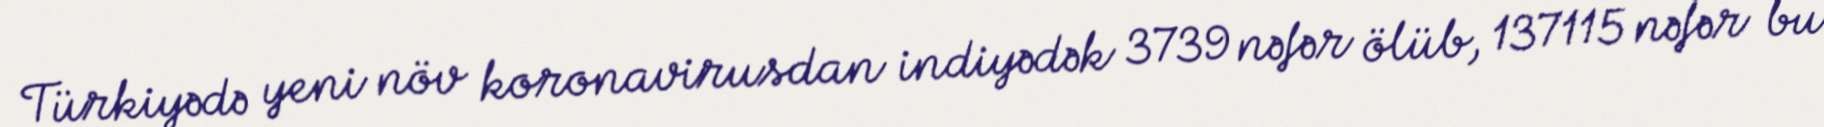
Türkiyədə yeni növ koronavirusdan indiyədək 3739 nəfər ölüb, 137115 nəfər bu